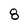
Character: 8